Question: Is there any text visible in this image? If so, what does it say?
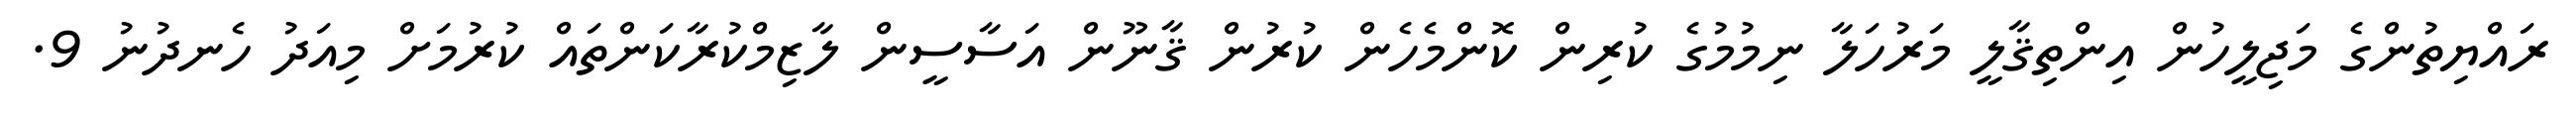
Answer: ރައްޔިތުންގެ މަޖިލީހުން އިންތިޤާލީ މަރުހަލާ ނިމުމުގެ ކުރިން ކޮންމެހެން ކުރުން ޤާނޫން އަސާސީން ލާޒިމްކުރާކަންތައް ކުރުމަށް މިއަދު ހެނދުނު 9.